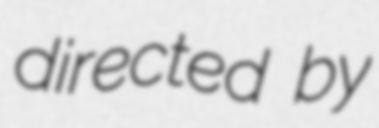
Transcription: directed by